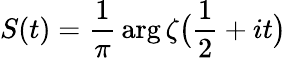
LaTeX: S(t)={\frac{1}{\pi}}\arg{\zeta{\bigl(}{\frac{1}{2}}+it{\bigr)}}